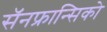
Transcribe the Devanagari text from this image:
सॅनफ्रान्सिको